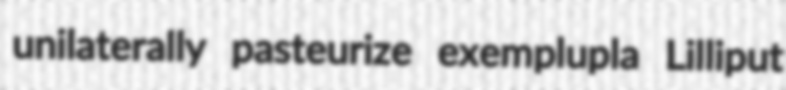
unilaterally pasteurize exemplupla Lilliput